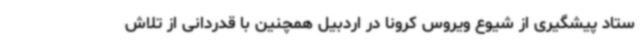
ستاد پیشگیری از شیوع ویروس کرونا در اردبیل همچنین با قدردانی از تلاش